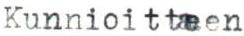
Kunnioittaen